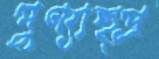
পুণ্যাহ্প্র